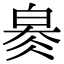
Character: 𤽬